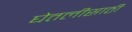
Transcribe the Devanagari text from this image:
घेतलीसाठी